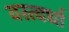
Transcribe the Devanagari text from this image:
वस्त्वर्धा